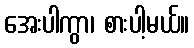
အေးပါကွာ၊ စားပါ့မယ်။